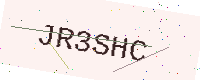
Text: JR3SHC